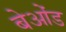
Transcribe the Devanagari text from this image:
बेओंड